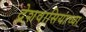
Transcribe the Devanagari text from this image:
देशवासियांच्या